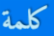
كلمة